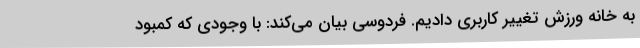
به خانه ورزش تغییر کاربری دادیم. فردوسی بیان می‌کند: با وجودی که کمبود